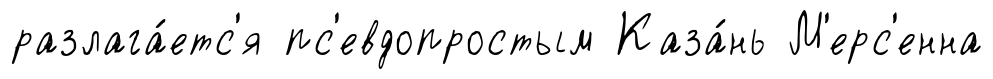
разлага́етс'я пс'евдопростым Каза́нь М'ерс'енна